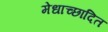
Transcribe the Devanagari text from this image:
मेधाच्छादित